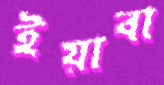
ইয়াবা